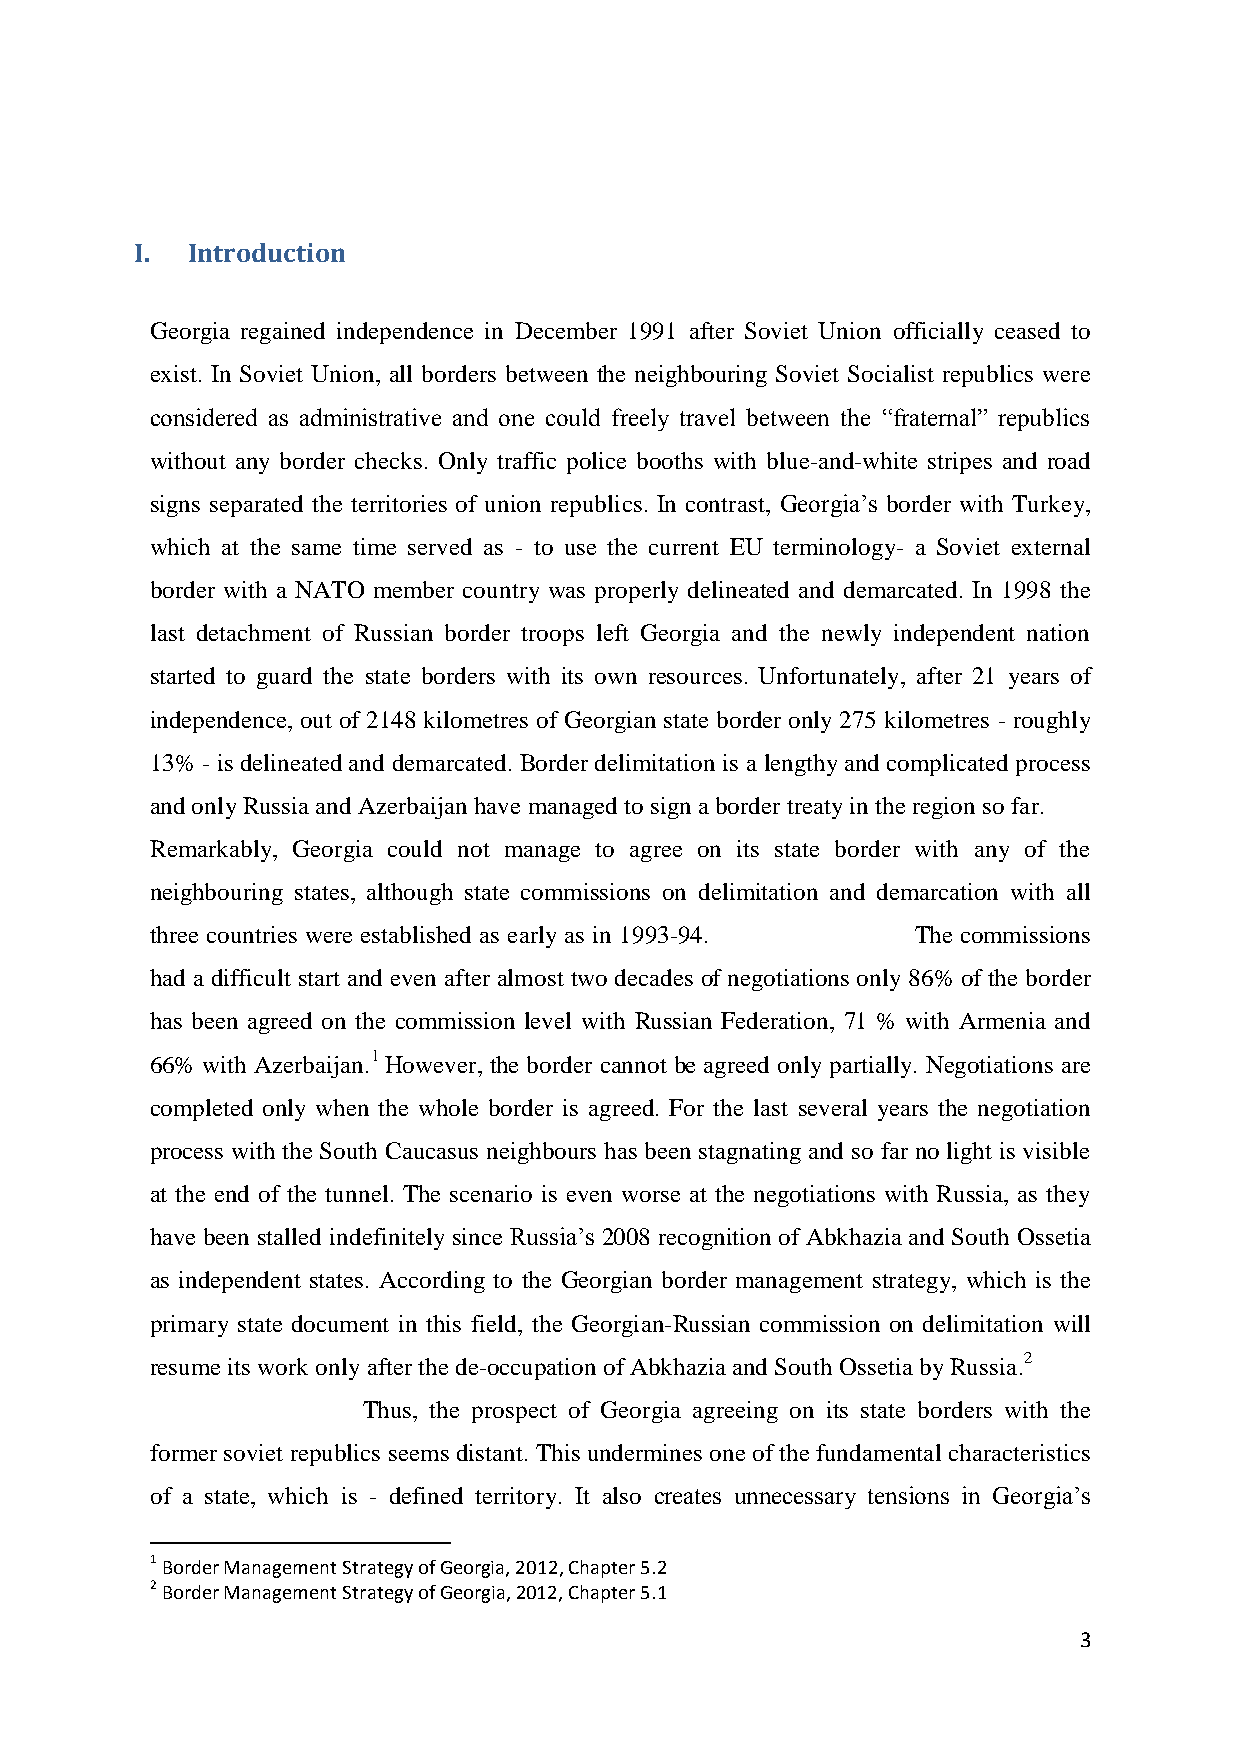
I. Introduction
 Georgia regained independence in December 1991 after Soviet Union officially ceased to
 exist. In Soviet Union, all borders between the neighbouring Soviet Socialist republics were
 considered as administrative and one could freely travel between the “fraternal” republics
 without any border checks. Only traffic police booths with blue-and-white stripes and road
 signs separated the territories of union republics. In contrast, Georgia’s border with Turkey,
 which at the same time served as - to use the current EU terminology- a Soviet external
 border with a NATO member country was properly delineated and demarcated. In 1998 the
 last detachment of Russian border troops left Georgia and the newly independent nation
 started to guard the state borders with its own resources. Unfortunately, after 21 years of
 independence, out of 2148 kilometres of Georgian state border only 275 kilometres - roughly
 13% - is delineated and demarcated. Border delimitation is a lengthy and complicated process
 and only Russia and Azerbaijan have managed to sign a border treaty in the region so far.
 Remarkably, Georgia could not manage to agree on its state border with any of the
 neighbouring states, although state commissions on delimitation and demarcation with all
 three countries were established as early as in 1993-94. The commissions
 had a difficult start and even after almost two decades of negotiations only 86% of the border
 has been agreed on the commission level with Russian Federation, 71 % with Armenia and
 66% with Azerbaijan.1 However, the border cannot be agreed only partially. Negotiations are
 completed only when the whole border is agreed. For the last several years the negotiation
 process with the South Caucasus neighbours has been stagnating and so far no light is visible
 at the end of the tunnel. The scenario is even worse at the negotiations with Russia, as they
 have been stalled indefinitely since Russia’s 2008 recognition of Abkhazia and South Ossetia
 as independent states. According to the Georgian border management strategy, which is the
 primary state document in this field, the Georgian-Russian commission on delimitation will
 resume its work only after the de-occupation of Abkhazia and South Ossetia by Russia.2
 Thus, the prospect of Georgia agreeing on its state borders with the
 former soviet republics seems distant. This undermines one of the fundamental characteristics
 of a state, which is - defined territory. It also creates unnecessary tensions in Georgia’s
 1 Border Management Strategy of Georgia, 2012, Chapter 5.2
 2 Border Management Strategy of Georgia, 2012, Chapter 5.1
 3